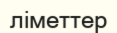
ліметтер